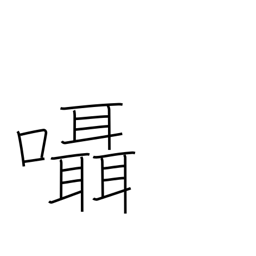
Meaning: murmur